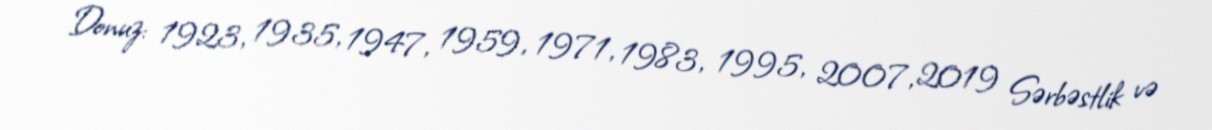
Donuz: 1923, 1935, 1947, 1959, 1971, 1983, 1995, 2007, 2019 Sərbəstlik və